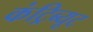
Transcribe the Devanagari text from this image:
कंट्रिब्यूट